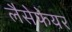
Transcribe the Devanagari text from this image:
लैसेफेयर